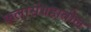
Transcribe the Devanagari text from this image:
कलासंग्रहातील